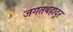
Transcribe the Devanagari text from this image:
जगतबहादुर